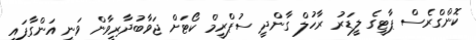
ކޮންގްރެސް ޕާޓީގެ ލީޑަރު ރާހުލް ގާންދީ ސުޕްރީމް ކޯޓަށް ޖަވާބުދާރީވާން ވަނީ އަންގާފައި